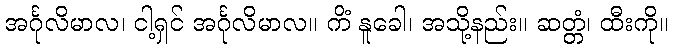
အင်္ဂုလိမာလ၊ ငါ့ရှင် အင်္ဂုလိမာလ။ ကိံ နူခေါ၊ အသို့နည်း။ ဆတ္တံ၊ ထီးကို။